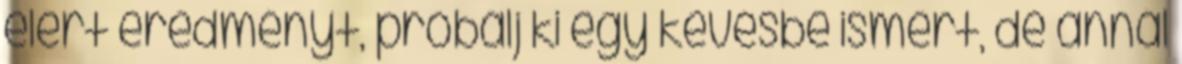
elért eredményt, próbálj ki egy kevésbé ismert, de annál